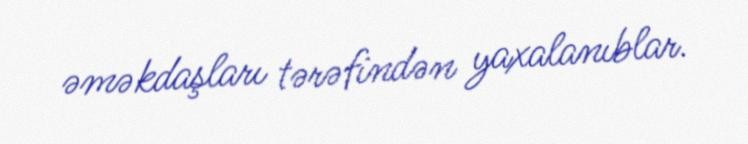
əməkdaşları tərəfindən yaxalanıblar.